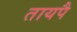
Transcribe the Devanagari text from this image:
तायपै